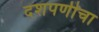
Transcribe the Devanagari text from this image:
दशपर्णीचा